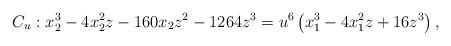
LaTeX: \begin{align*} C_u: x_2^3-4x_2^2z-160x_2z^2-1264z^3 = u^6\left( x_1^3-4x_1^2z+16z^3\right),\end{align*}